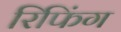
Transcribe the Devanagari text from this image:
रिफिंग